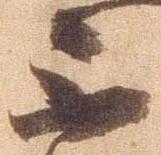
不